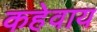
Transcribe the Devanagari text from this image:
कहेवाय